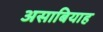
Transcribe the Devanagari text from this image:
असाबियाह